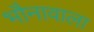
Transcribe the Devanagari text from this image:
भौनावाला